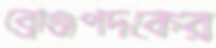
ব্রোঞ্জপদকের